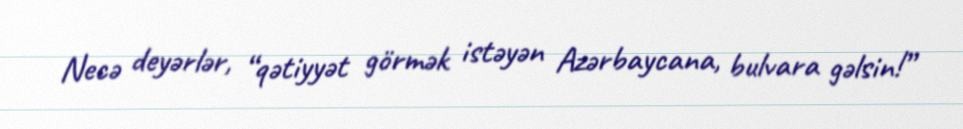
Necə deyərlər, “qətiyyət görmək istəyən Azərbaycana, bulvara gəlsin!”